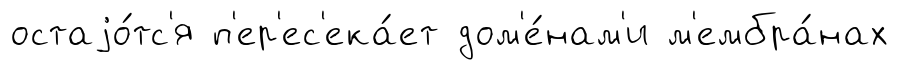
остаjо́тс'я п'ер'ес'ека́ет дом'е́нам'и м'ембра́нах